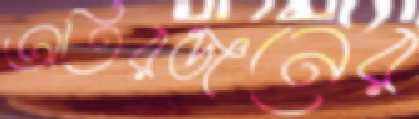
অতিরঞ্জনের